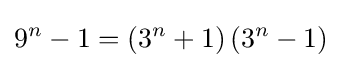
9^{n}-1=\left(3^{n}+1\right)\left(3^{n}-1\right)